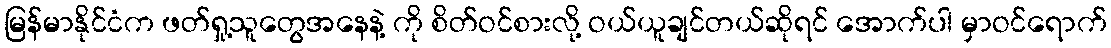
မြန်မာနိုင်ငံက ဖတ်ရှု့သူတွေအနေနဲ့ ကို စိတ်ဝင်စားလို့ ဝယ်ယူချင်တယ်ဆိုရင် အောက်ပါ မှာဝင်ရောက်